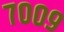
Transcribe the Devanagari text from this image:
७००९